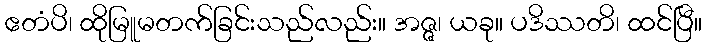
ဧတံပိ၊ ထိုမြူမတက်ခြင်းသည်လည်း။ အဇ္ဇ၊ ယခု။ ပဒိဿတိ၊ ထင်ပြီ။